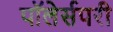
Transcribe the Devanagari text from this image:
पॉलेर्सपरी